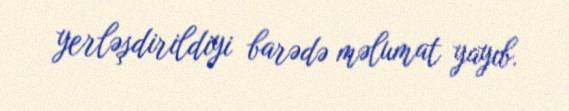
yerləşdirildiyi barədə məlumat yayıb.